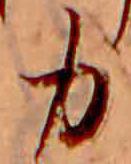
力